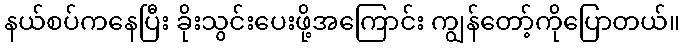
နယ်စပ်ကနေပြီး ခိုးသွင်းပေးဖို့အကြောင်း ကျွန်တော့်ကိုပြောတယ်။